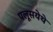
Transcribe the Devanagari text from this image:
पलूसयेथे